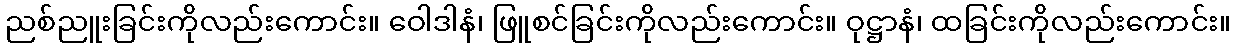
ညစ်ညူးခြင်းကိုလည်းကောင်း။ ဝေါဒါနံ၊ ဖြူစင်ခြင်းကိုလည်းကောင်း။ ဝုဋ္ဌာနံ၊ ထခြင်းကိုလည်းကောင်း။